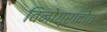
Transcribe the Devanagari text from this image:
विनोग्रादोव